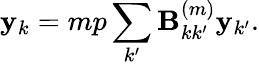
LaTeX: \mathbf{y}_{k}=mp\sum_{k^{\prime}}\textbf{{B}}_{kk^{\prime}}^{(m)}\mathbf{y}_{k^{\prime}}.